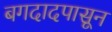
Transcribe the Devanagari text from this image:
बगदादपासून